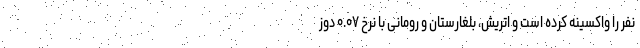
نفر را واکسینه کرده است و اتریش، بلغارستان و رومانی با نرخ ۰.۰۷ دوز